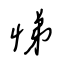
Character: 悌